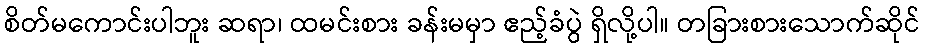
စိတ်မကောင်းပါဘူး ဆရာ၊ ထမင်းစား ခန်းမမှာ ဧည့်ခံပွဲ ရှိလို့ပါ။ တခြားစားသောက်ဆိုင်